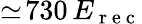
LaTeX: \simeq\! 730\, E_{\mathrm{~r~e~c~}}